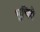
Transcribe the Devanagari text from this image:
भूचित्रे